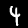
Label: 4